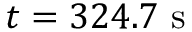
t = 3 2 4 . 7 ~ \mathrm { s }